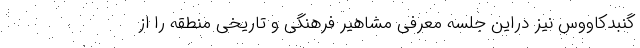
گنبدکاووس نیز دراین جلسه معرفی مشاهیر فرهنگی و تاریخی منطقه را از